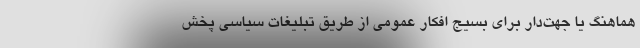
هماهنگ یا جهت‌دار برای بسیج افکار عمومی از طریق تبلیغات سیاسی پخش